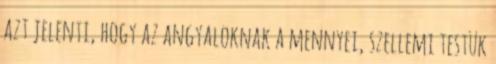
azt jelenti, hogy az angyaloknak a mennyei, szellemi testük